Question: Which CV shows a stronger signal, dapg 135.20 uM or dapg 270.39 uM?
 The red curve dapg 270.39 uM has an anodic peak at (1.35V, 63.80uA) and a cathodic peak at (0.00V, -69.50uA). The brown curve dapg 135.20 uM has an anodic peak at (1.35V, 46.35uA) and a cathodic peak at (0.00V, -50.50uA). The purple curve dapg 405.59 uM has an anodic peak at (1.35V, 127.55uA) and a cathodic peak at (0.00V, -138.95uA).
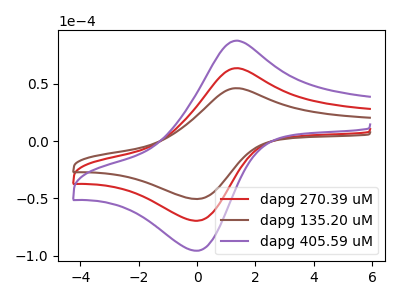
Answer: <think>All the peaks in "dapg 135.20 uM" have a peak in "dapg 270.39 uM" at the same potential. Every peak in "dapg 135.20 uM" is lower than every peak in "dapg 270.39 uM".
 </think>
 <answer>"dapg 135.20 uM" has less signal than "dapg 270.39 uM".</answer>
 <eval>less_signal</eval>